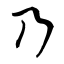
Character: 乃